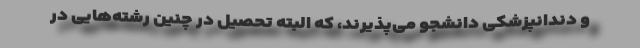
و دندانپزشکی دانشجو می‌پذیرند، که البته تحصیل در چنین رشته‌هایی در